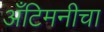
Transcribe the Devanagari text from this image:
अँटिमनीचा